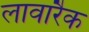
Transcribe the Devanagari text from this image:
लावारैक